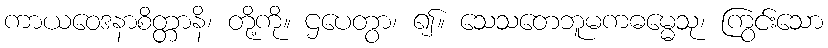
ကာယဝေဒနာစိတ္တာနိ၊ တို့ကို။ ဌပေတွာ၊ ၍။ သေသတေဘူမကဓမ္မေသု၊ ကြွင်းသော